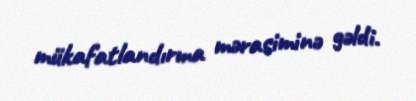
mükafatlandırma mərasiminə gəldi.